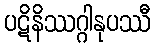
ပဋိနိဿဂ္ဂါနုပဿီ